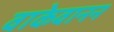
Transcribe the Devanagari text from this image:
वाकेवानन